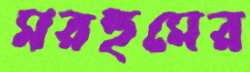
মরহুমের